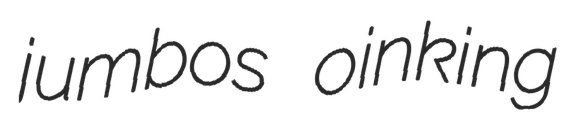
jumbos oinking